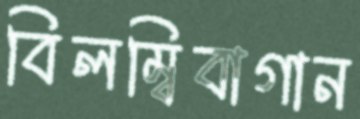
বিলম্বিবাগান